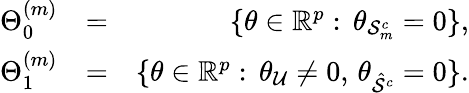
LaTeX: \begin{array}{rlr}{\Theta_{0}^{(m)}}&{=}&{\{ \theta\in\mathbb{R}^{p}:\, \theta_{\mathcal{S}_{m}^{c}}=0\} ,}\\ {\Theta_{1}^{(m)}}&{=}&{\{ \theta\in\mathbb{R}^{p}:\, \theta_{\mathcal{U}}\neq 0,\, \theta_{\hat{\mathcal{S}}^{c}}=0\} .}\end{array}